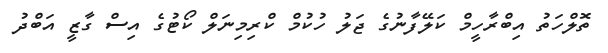
ތޮލްހަތު އިބްރާހީމް ކަލޭފާނުގެ ޖަލު ހުކުމް ކްރިމިނަލް ކޯޓުގެ އިސް ގާޒީ އަބްދު